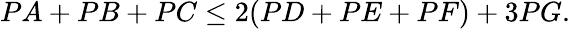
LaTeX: PA+PB+PC\leq 2(PD+PE+PF)+3PG.